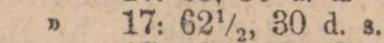
” 17 62½, 30 d. s.